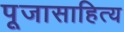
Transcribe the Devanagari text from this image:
पूजासाहित्य